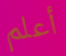
أعلم